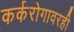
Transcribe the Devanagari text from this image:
कर्करोगावरही